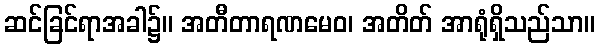
ဆင်ခြင်ရာအခါ၌။ အတီတာရဏမေဝ၊ အတိတ် အာရုံရှိသည်သာ။